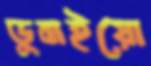
ডুবাইয়ো